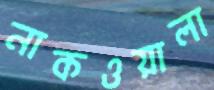
নাকওয়ালা